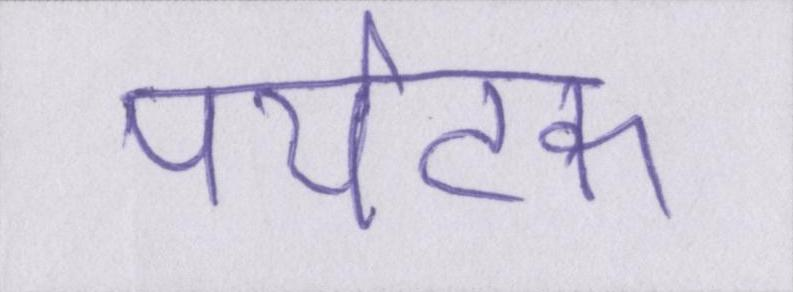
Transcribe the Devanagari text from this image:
पर्यटक